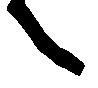
之